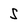
Character: S